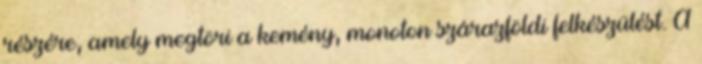
részére, amely megtöri a kemény, monoton szárazföldi felkészülést. A